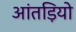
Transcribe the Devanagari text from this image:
आंतड़ियो